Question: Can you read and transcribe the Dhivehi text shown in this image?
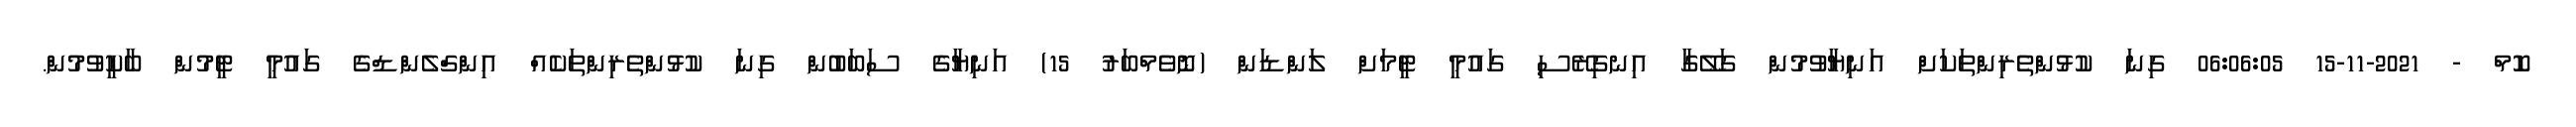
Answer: ކޮމް - 2021-11-15 06:06:05 ގިނަ ކުޅުންތެރިންތަކަށް އަނިޔާވުމުން ގަލޭގާ އިނގިރޭސި ގައުމީ ޓީމަށް ލަންޑަން (ނޮވެމްބަރު 15) އަނިޔާގެ ސަބަބުން ގިނަ ކުޅުންތެރިންތަކެއް އިންގްލެންޑްގެ ގައުމީ ޓީމުން ބާކީވުމުން.